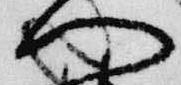
門